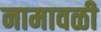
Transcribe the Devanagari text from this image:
नामावळी